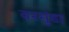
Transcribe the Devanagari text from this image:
वरमुंडा